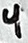
Text: 4